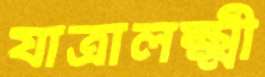
যাত্রালক্ষ্মী